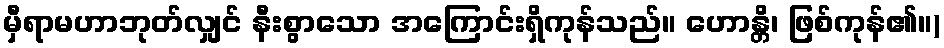
မှီရာမဟာဘုတ်လျှင် နီးစွာသော အကြောင်းရှိကုန်သည်။ ဟောန္တိ၊ ဖြစ်ကုန်၏။)